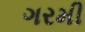
ગરમી